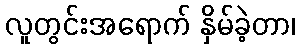
လူတွင်းအရောက် နှိမ်ခဲ့တာ၊